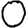
Digit: 0